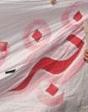
خبز